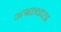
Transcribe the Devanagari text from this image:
अश्वत्थपत्र